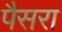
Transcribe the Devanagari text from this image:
पैसरा